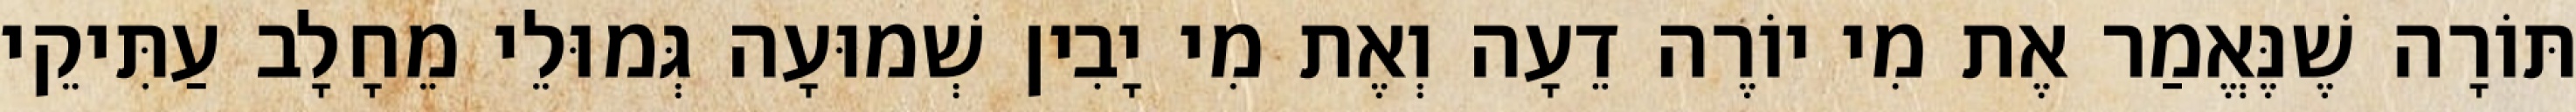
תּוֹרָה שֶׁנֶּאֱמַר אֶת מִי יוֹרֶה דֵעָה וְאֶת מִי יָבִין שְׁמוּעָה גְּמוּלֵי מֵחָלָב עַתִּיקֵי